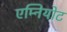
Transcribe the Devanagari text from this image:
एम्नियोट